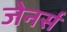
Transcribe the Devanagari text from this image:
जेनर्स